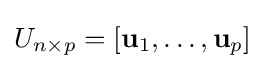
U_{n\times p}=[\mathbf {u} _{1},\ldots ,\mathbf {u} _{p}]